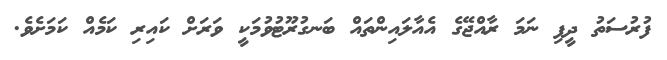
ފުރުސަތު ދީފި ނަމަ ރާއްޖޭގެ އެއާލައިންތައް ބަނގުރޫޓުވުމަކީ ވަރަށް ކައިރި ކަމެއް ކަމަށެވެ.